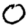
Digit: 0